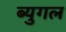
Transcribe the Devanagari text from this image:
ब्युगल